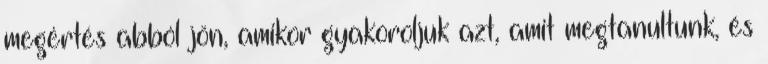
megértés abból jön, amikor gyakoroljuk azt, amit megtanultunk, és